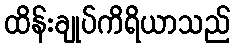
ထိန်းချုပ်ကိရိယာသည်